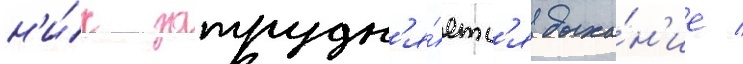
н'и́х затрудн'я́етс'я дыха́н'ие /